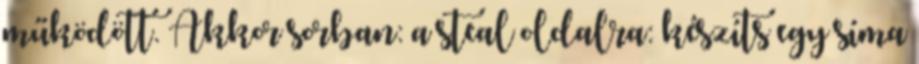
működött. Akkor sorban: a steal oldalra: készíts egy síma